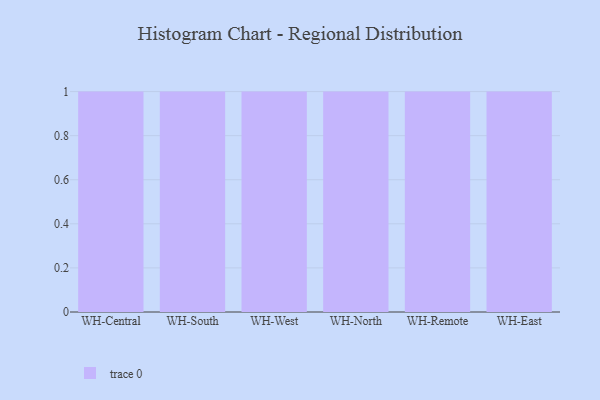
{"axis": {"x": "Warehouse", "y": "Active Users"}, "legend": [""], "data": [{"x": "WH-Central", "y": 19, "type": ""}, {"x": "WH-South", "y": 21, "type": ""}, {"x": "WH-West", "y": 98, "type": ""}, {"x": "WH-North", "y": 23, "type": ""}, {"x": "WH-Remote", "y": 27, "type": ""}, {"x": "WH-East", "y": 33, "type": ""}]}